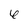
Character: 6